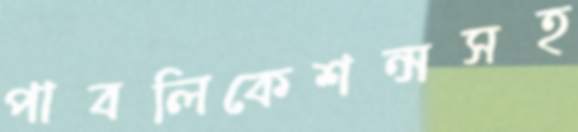
পাবলিকেশন্সসহ